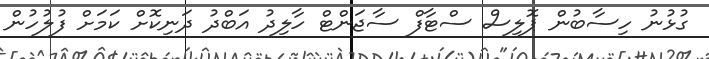
ގުޅުނު ހިސާބުން ޕޮލިސް ސްޓާފް ސާޖަންޓް ހާލިދު އަބްދު ދަނިކޮށް ކަމަށް ފުލުހުން